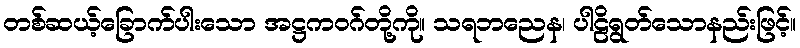
တစ်ဆယ့်ခြောက်ပါးသော အဋ္ဌကဝဂ်တို့ကို။ သရဘညေန၊ ပါဠိရွတ်သောနည်းဖြင့်။